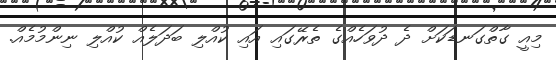
މިއީ ގާތްގަނޑަކަށް ދެ ދުވަހެއްގެ ތެރޭގައި އައި ކުއްލި ބަދަލެއް ކުއްލި ނިންމުމެއް.